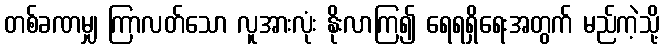
တစ်ခဏမျှ ကြာလတ်သော လူအားလုံး နိုးလာကြ၍ ရေရရှိရေးအတွက် မည်ကဲ့သို့